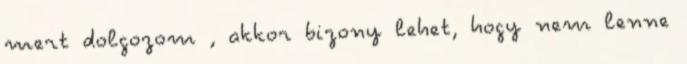
mert dolgozom , akkor bizony lehet, hogy nem lenne